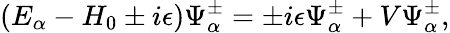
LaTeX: (E_{\alpha}-H_{0}\pm i\epsilon)\Psi_{\alpha}^{\pm}=\pm i\epsilon\Psi_{\alpha}^{\pm}+V\Psi_{\alpha}^{\pm},